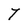
Character: T